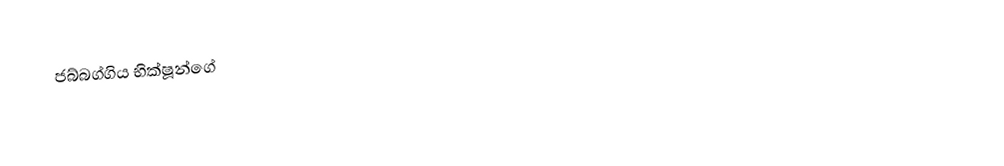
ජබ්බග්ගිය භික්ෂූන්ගේ